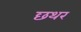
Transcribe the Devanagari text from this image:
छथर